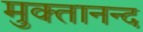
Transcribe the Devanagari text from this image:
मुक्तानन्द